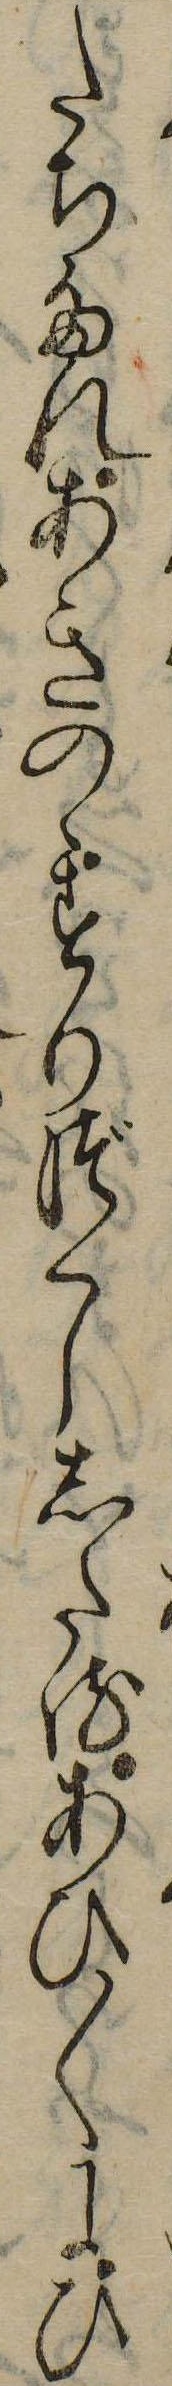
たちたれあきのゝすりづくししたるあひ〱にひ